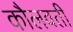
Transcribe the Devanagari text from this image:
कौलवती